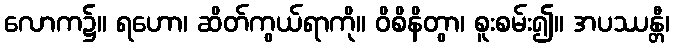
လောက၌။ ရဟော၊ ဆိတ်ကွယ်ရာကို။ ဝိစိနိတွာ၊ စူးစမ်း၍။ အပဿန္တီ၊